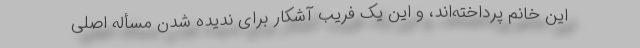
این خانم پرداخته‌اند، و این یک فریب آشکار برای ندیده شدن مسأله اصلی